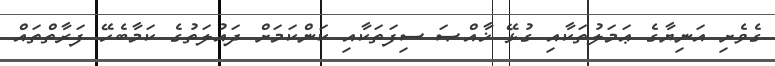
ގެވެށި އަނިޔާގެ ޢަމަލުތަކާއި ގުޅޭ ޚާއްޞަ ސިފަތަކާއި ކަންކަމަށް ދައުލަތުގެ ކަމާބެހޭ ފަރާތްތައް